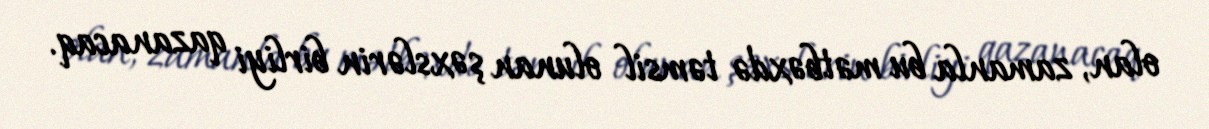
olan, zamanla bu mətbəxdə təmsil olunan şəxslərin birliyi qazanacaq.